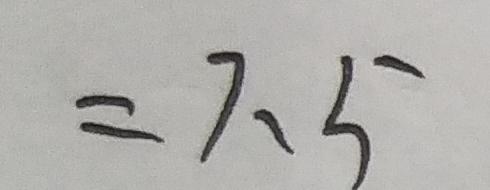
= 7 . 5